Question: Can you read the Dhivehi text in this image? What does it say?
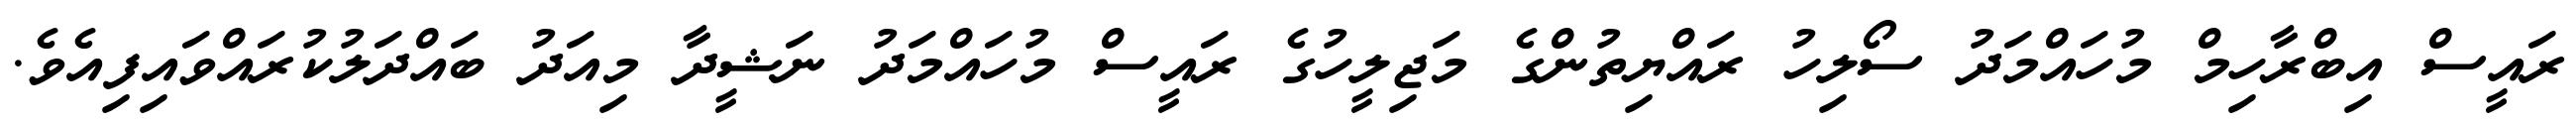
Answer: ރައީސް އިބްރާހިމް މުހައްމަދު ސޯލިހު ރައްޔިތުންގެ މަޖިލީހުގެ ރައީސް މުހައްމަދު ނަޝީދާ މިއަދު ބައްދަލުކުރައްވައިފިއެވެ.